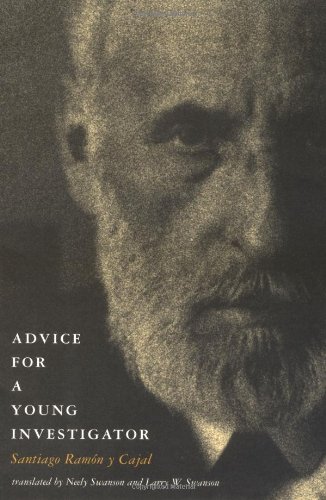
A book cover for Advice for a Young Investigator; Santiago RamÃ³n y Cajal; Medical Books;